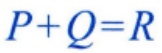
\(P+Q=R\)